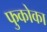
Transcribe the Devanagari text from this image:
फुकोका